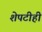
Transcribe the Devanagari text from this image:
शेपटीही